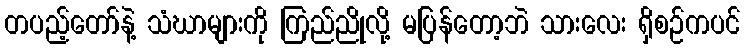
တပည့်တော်နဲ့ သံဃာများကို ကြည်ညိုလို့ မပြန်တော့ဘဲ သားလေး ရှိစဉ်ကပင်